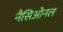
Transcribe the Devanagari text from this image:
नैसिओनल